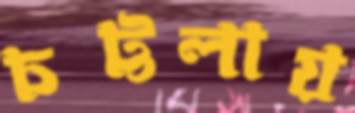
চট্টলায়